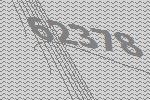
62378